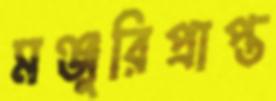
মঞ্জুরিপ্রাপ্ত